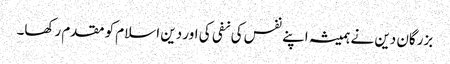
بزرگان دین نے ہمیشہ اپنے نفس کی نفی کی اور دین اسلام کو مقدم رکھا۔